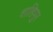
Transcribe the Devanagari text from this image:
शाहिपुर